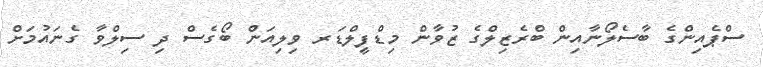
ސްޕެއިންގެ ބާސެލޯނާއިން ބްރެޒިލްގެ ޒުވާން މިޑްފީލްޑަރ ވިލިއަން ބޯގެސް ދި ސިލްވާ ގެނައުމަށް